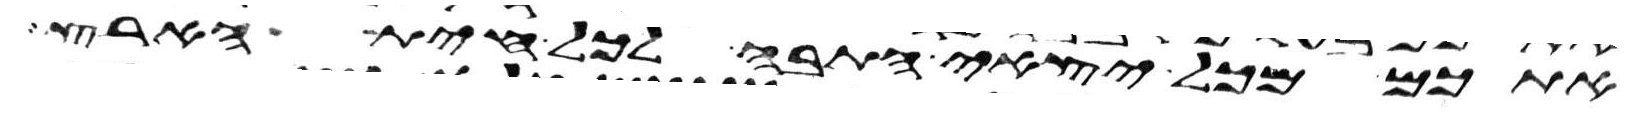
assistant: אתכם מכל יצאי התבה לכל חית הארץ